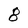
Character: 8